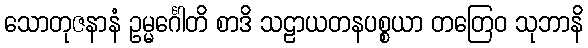
သောတုဇနာနံ ဥမ္မင်္ဂေါတိ စာဒိ သဠာယတနပစ္စယာ တတြေဝ သုဘာနိ